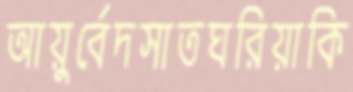
আয়ুর্বেদসাতঘরিয়াকি